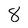
Character: 8